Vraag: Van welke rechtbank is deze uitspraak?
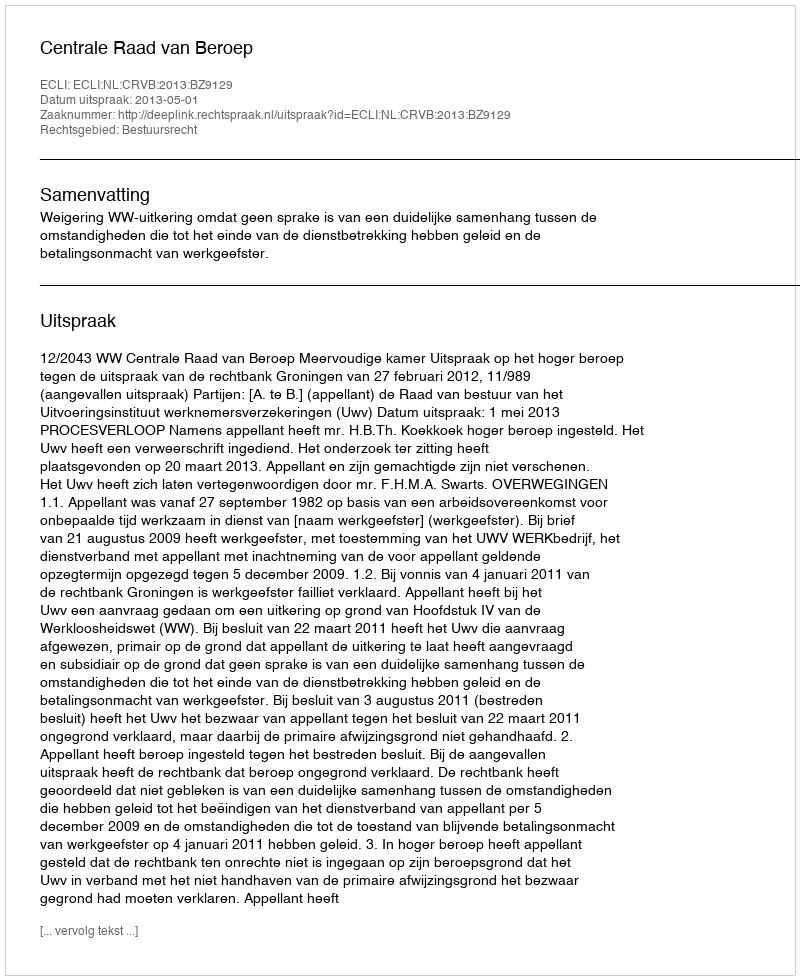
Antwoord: Centrale Raad van Beroep